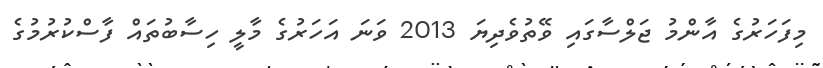
މިފަހަރުގެ އާންމު ޖަލްސާގައި ވޭތުވެދިޔަ 2013 ވަނަ އަހަރުގެ މާލީ ހިސާބުތައް ފާސްކުރުމުގެ